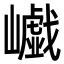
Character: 𡾟